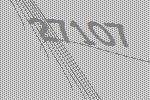
27107